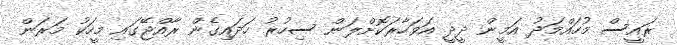
ރައީސް މުހައްމަދު އަމީން ދީދީ އަވަހާރަކޮށްލަން ސިހުރު ހަދައިގެން ރާއްޖޭގައި މީހަކު މަރަން